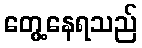
တွေ့နေရသည်